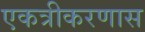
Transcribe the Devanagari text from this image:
एकत्रीकरणास